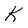
Character: K